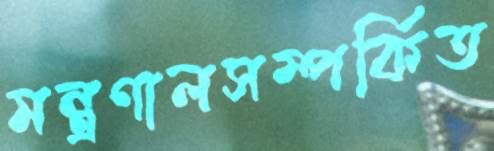
মন্ত্রণালসম্পর্কিত